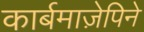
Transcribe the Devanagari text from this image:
कार्बमाज़ेपिने